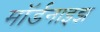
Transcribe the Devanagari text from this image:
मॉर्डनाइझ